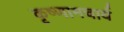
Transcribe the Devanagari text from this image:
कृष्णामचार्य